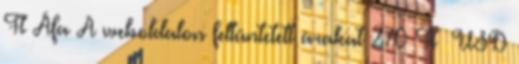
Ft Áfa A weboldalon feltüntetett árakat 270 Ft USD